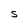
Character: S